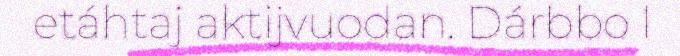
etáhtaj aktijvuodan. Dárbbo l